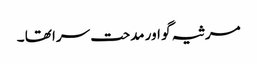
مرثیہ گو اور مدحت سرا تھا ۔